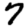
Digit: 7